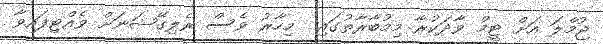
ޖުމްލަ އަށް ޓީމް ވާދަކުރާ މިމުބާރާތުގައި  މިހާރު ވެސް ރެލިގޭޝަނަށް ވެއްޓިފައިވާ